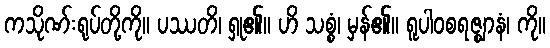
ကသိုဏ်းရုပ်တို့ကို။ ပဿတိ၊ ရှု၏။ ဟိ သစ္စံ၊ မှန်၏။ ရူပါဝစရဇ္ဈာနံ၊ ကို။